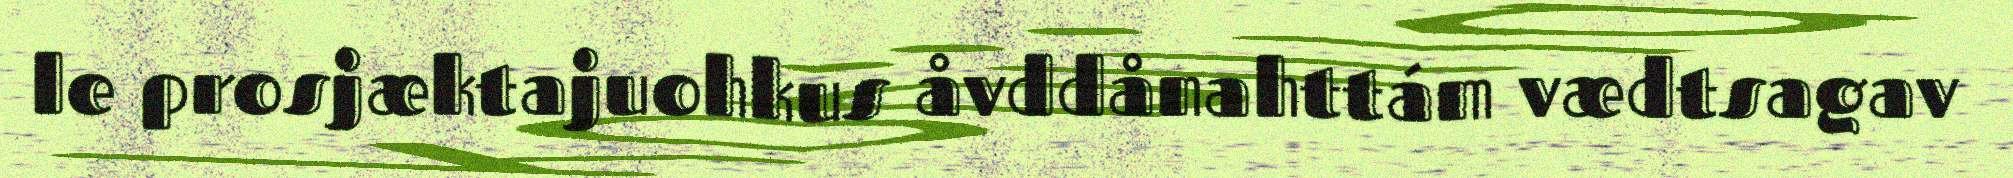
le prosjæktajuohkus åvddånahttám vædtsagav